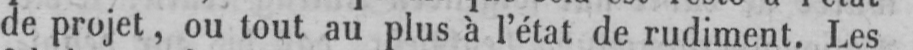
de projet, ou tout au plus à l’état de rudiment. Les